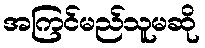
အကြင်မည်သူမဆို